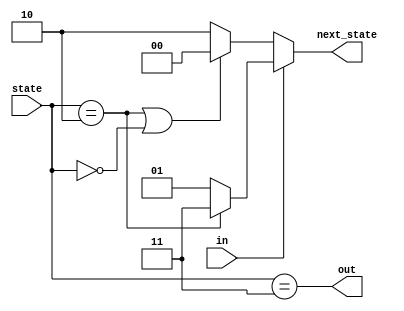
module top_module(
    input in,
    input [1:0] state,
    output [1:0] next_state,
    output out); //

    parameter A=0, B=1, C=2, D=3;

    // State transition logic: next_state = f(state, in)
    
    assign next_state = in ? ((state == C) ? D : B) : (((state == C) |(state == A)) ? A : C) ;

    // Output logic:  out = f(state) for a Moore state machine
    assign out = (state == D) ;

endmodule